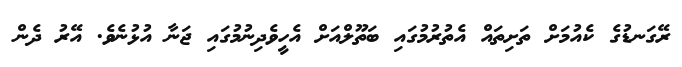
ރޭގަނޑުގެ ކެއުމަށް ތަށިތައް އެތުރުމުގައި ބަތޫލްއަށް އެހީވެދިނުމުގައި ޖަނާ އުޅުނެވެ. އޭރު ދެން